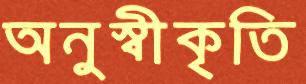
অনুস্বীকৃতি